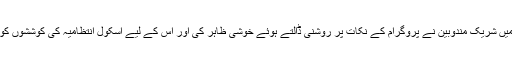
تقریب میں شریک مندوبین نے پروگرام کے نکات پر روشنی ڈالتے ہوئے خوشی ظاہر کی اور اس کے لیے اسکول انتظامیہ کی کوششوں کو سراہا ۔